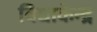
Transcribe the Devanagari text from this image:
विद्याकेन्द्र